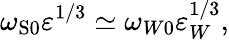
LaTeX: \omega_{\mathrm{{S}0}}\varepsilon^{1/3}\simeq\omega_{W0}\varepsilon_{W}^{1/3},